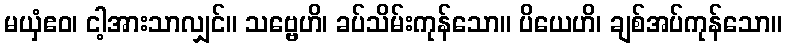
မယှံဧဝ၊ ငါ့အားသာလျှင်။ သဗ္ဗေဟိ၊ ခပ်သိမ်းကုန်သော။ ပိယေဟိ၊ ချစ်အပ်ကုန်သော။